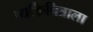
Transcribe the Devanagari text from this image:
व्यक्तिचित्राला